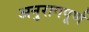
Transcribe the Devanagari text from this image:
अनुरागपूर्ण